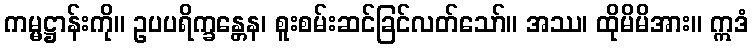
ကမ္မဋ္ဌာန်းကို။ ဥပပရိက္ခန္တေန၊ စူးစမ်းဆင်ခြင်လတ်သော်။ အဿ၊ ထိုမိမိအား။ ဣဒံ